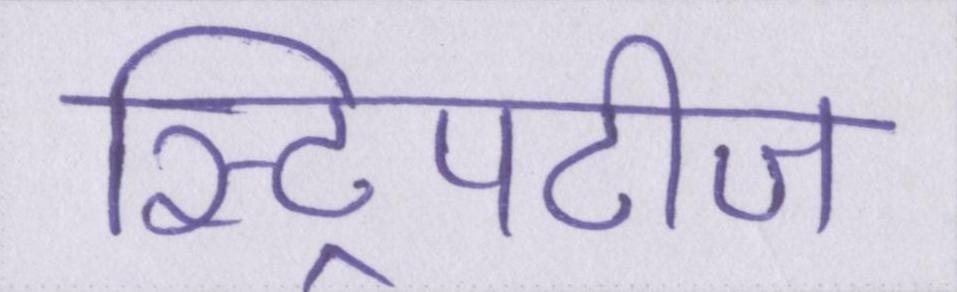
स्ट्रिपटीज